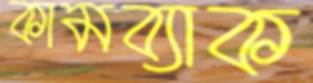
কামব্যাক